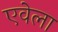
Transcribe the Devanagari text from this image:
एवेला